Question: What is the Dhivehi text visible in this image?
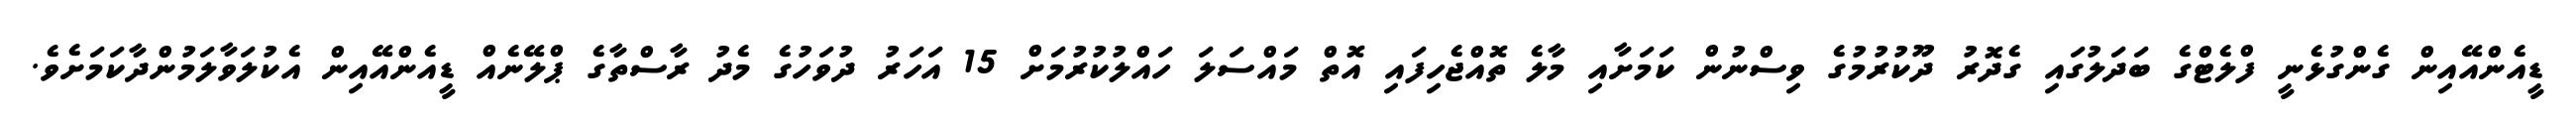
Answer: ޑީއެންއޭއިން ގެންގުޅެނީ ފްލެޓްގެ ބަދަލުގައި ގެދޮރު ދޫކުރުމުގެ ވިސްނުން ކަމަށާއި މާލެ ތޮއްޖެހިފައި އޮތް މައްސަލަ ހައްލުކުރުމަށް 15 އަހަރު ދުވަހުގެ މެދު ރާސްތާގެ ޕްލޭނެއް ޑީއެންއޭއިން އެކުލަވާލަމުންދާކަމަށެވެ.